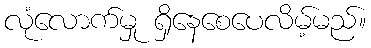
လုံလောက်မှု ရှိနေစေပေလိမ့်မည်။